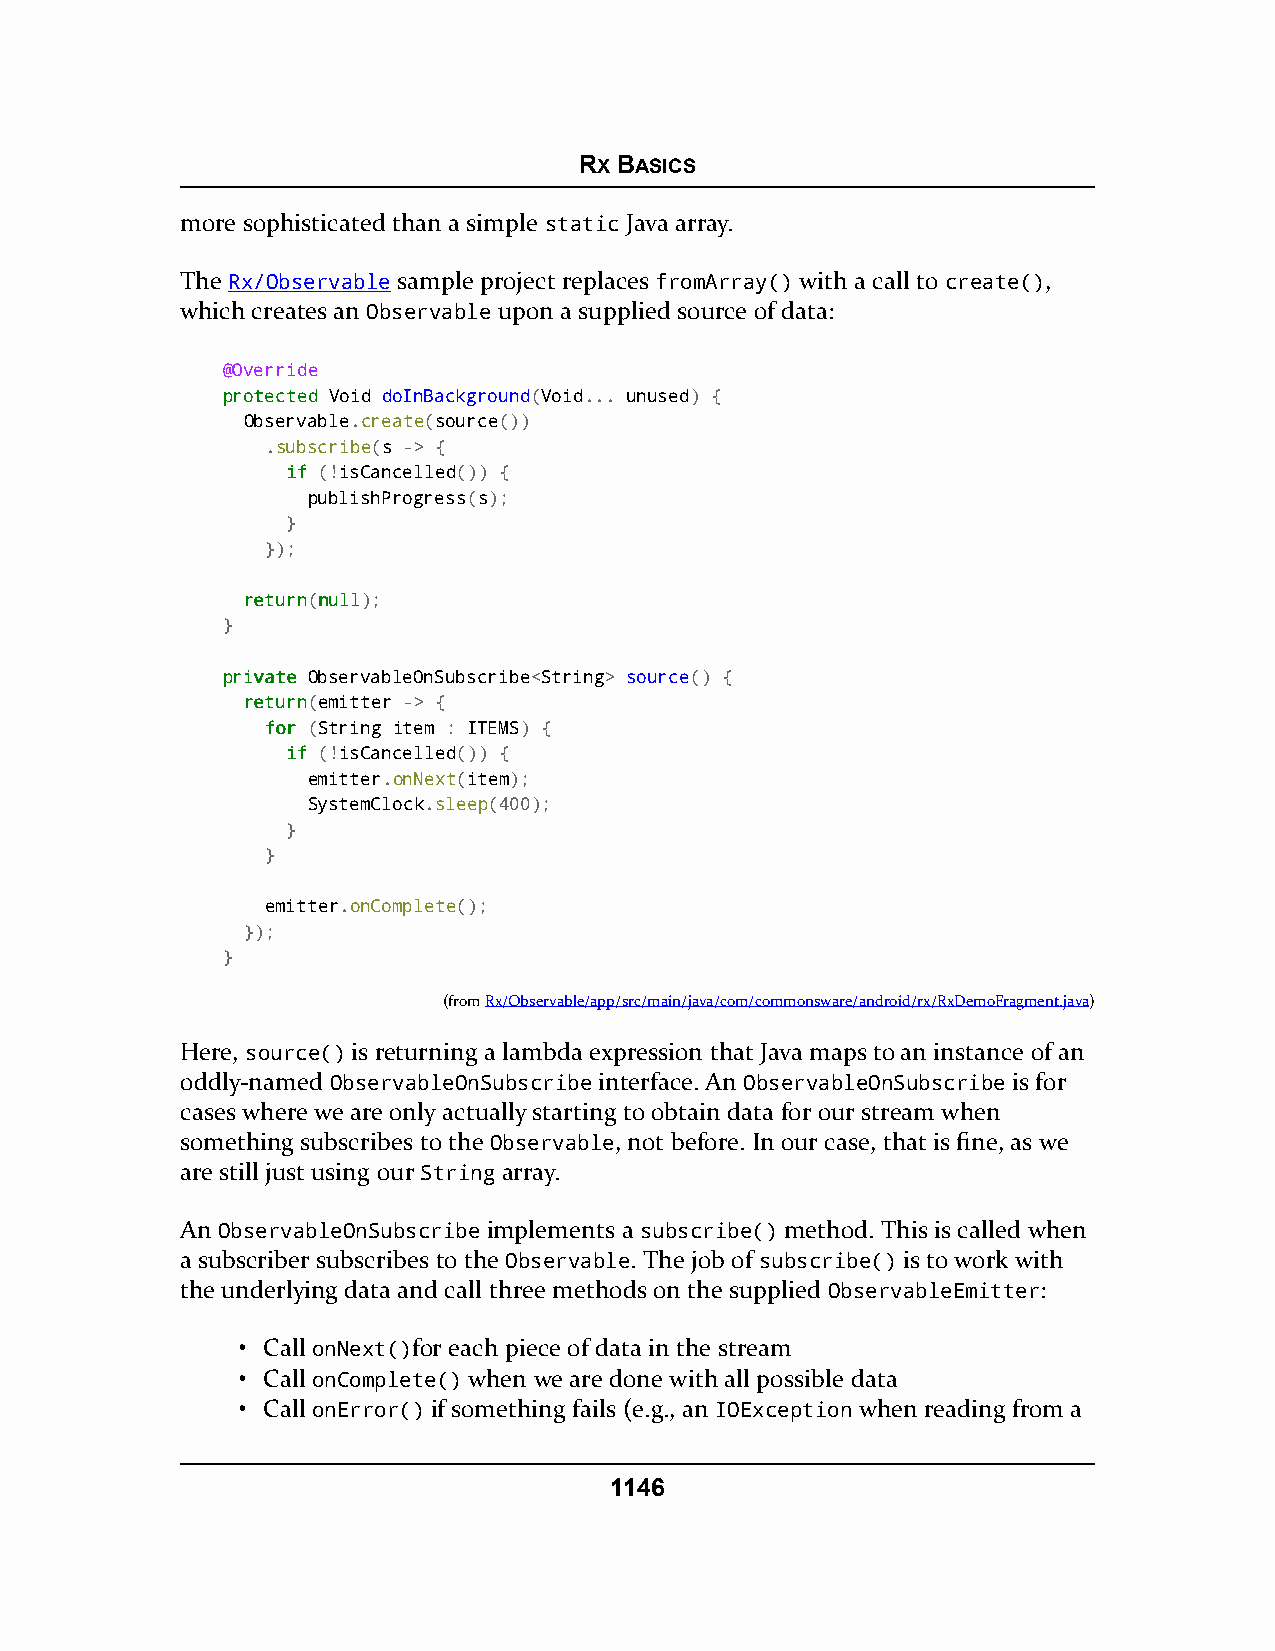
RX BASICS
 more sophisticated than a simple static Java array.
 The Rx/Observable sample project replaces fromArray() with a call to create(),
 which creates an Observable upon a supplied source of data:
 @Override
 pprrootteecctteedd Void doInBackground(Void... unused) {
 Observable.create(source())
 .subscribe(s -> {
 iiff (!isCancelled()) {
 publishProgress(s);
 }
 });
 rreettuurrnn(nnuullll);
 }
 pprriivvaattee ObservableOnSubscribe<String> source() {
 rreettuurrnn(emitter -> {
 ffoorr (String item : ITEMS) {
 iiff (!isCancelled()) {
 emitter.onNext(item);
 SystemClock.sleep(400);
 }
 }
 emitter.onComplete();
 });
 }
 (fromRx/Observable/app/src/main/java/com/commonsware/android/rx/RxDemoFragment.java)
 Here, source() is returning a lambda expression that Java maps to an instance of an
 oddly-named ObservableOnSubscribe interface. An ObservableOnSubscribe is for
 cases where we are only actually starting to obtain data for our stream when
 something subscribes to the Observable, not before. In our case, that is fine, as we
 are still just using our String array.
 An ObservableOnSubscribe implements a subscribe() method. This is called when
 a subscriber subscribes to the Observable. The job of subscribe() is to work with
 the underlying data and call three methods on the supplied ObservableEmitter:
 • Call onNext()for each piece of data in the stream
 • Call onComplete() when we are done with all possible data
 • Call onError() if something fails (e.g., an IOException when reading from a
 1146